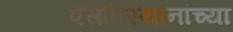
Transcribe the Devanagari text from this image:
वसतिस्थानांच्या